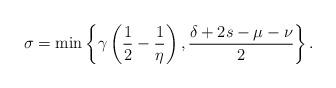
LaTeX: \begin{align*} \sigma = \min\left\{\gamma\left(\frac{1}{2}-\frac{1}{\eta}\right), \frac{\delta+2s-\mu-\nu}{2} \right\}.\end{align*}